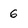
Character: 6